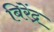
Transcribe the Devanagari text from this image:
बिरेंद्र